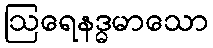
ဩရေနဒ္ဓမာသော